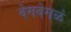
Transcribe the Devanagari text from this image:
वेगवेगळं